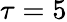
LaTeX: \tau=5